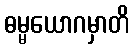
ဓမ္မယောဂမှာတိ